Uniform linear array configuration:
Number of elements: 16
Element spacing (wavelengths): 0.75
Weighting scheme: blackman
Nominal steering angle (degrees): -30
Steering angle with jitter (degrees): -30.594
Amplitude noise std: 0.05
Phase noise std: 0.05

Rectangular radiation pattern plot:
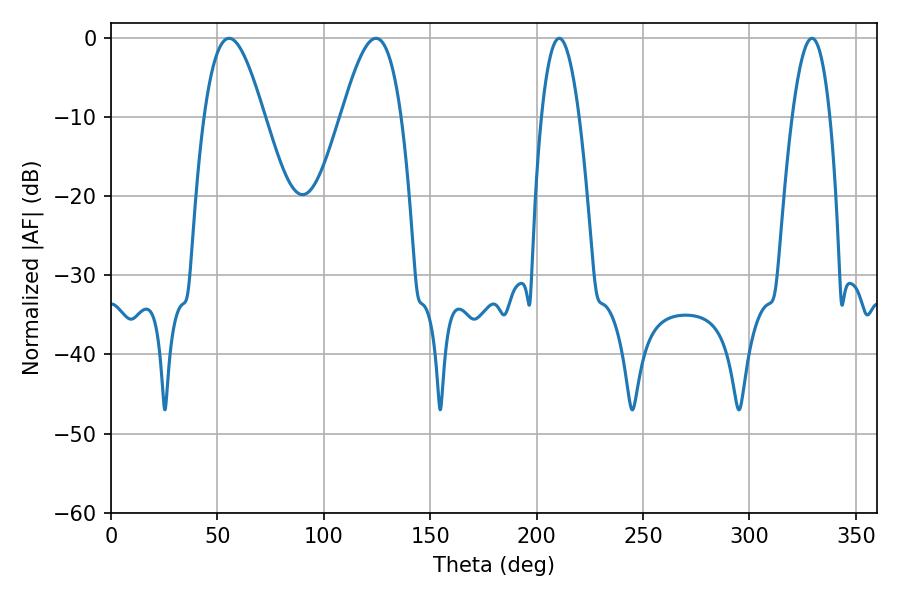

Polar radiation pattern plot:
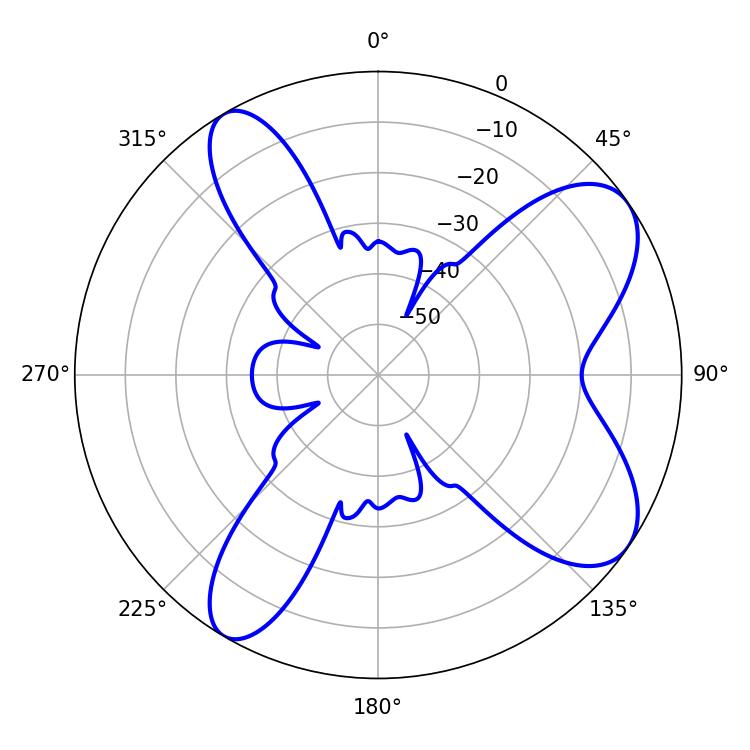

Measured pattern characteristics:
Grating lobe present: TRUE
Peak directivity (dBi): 8.226
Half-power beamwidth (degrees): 9.72
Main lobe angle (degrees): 210.6